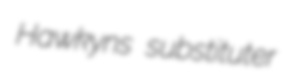
Hawkyns substituter